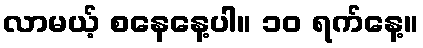
လာမယ့် စနေနေ့ပါ။ ၁၀ ရက်နေ့။